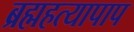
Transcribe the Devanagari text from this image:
ब्रह्महत्यापाप